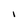
Character: I